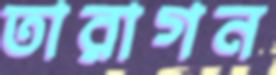
তারাগন